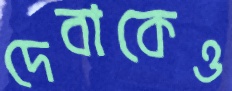
দেবাকেও